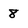
Character: 8